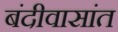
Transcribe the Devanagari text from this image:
बंदीवासांत